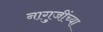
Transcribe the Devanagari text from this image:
नागुजींच्या